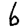
Digit: 6